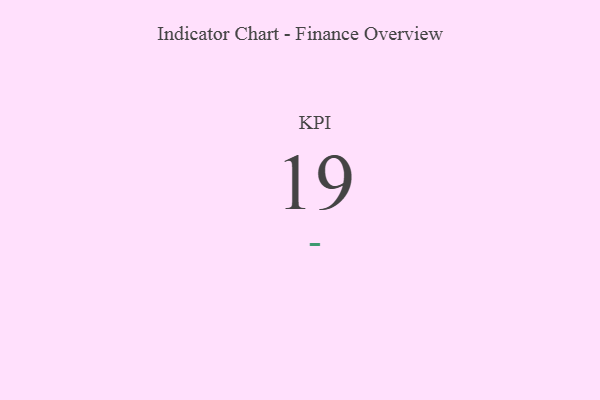
{"axis": {"x": "KPI", "y": "Value"}, "legend": [""], "data": [{"x": "KPI", "y": 19, "type": ""}]}